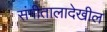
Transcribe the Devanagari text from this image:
संगीतालादेखील